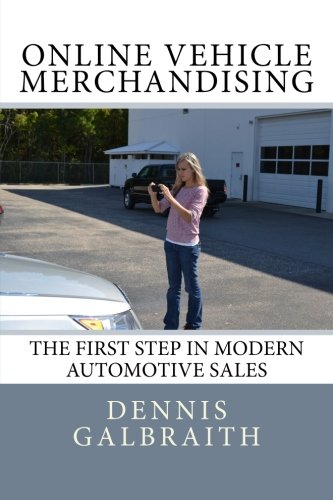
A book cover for Online Vehicle Merchandising: The First Step in Modern Automotive Sales; Dennis Galbraith; Business & Money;